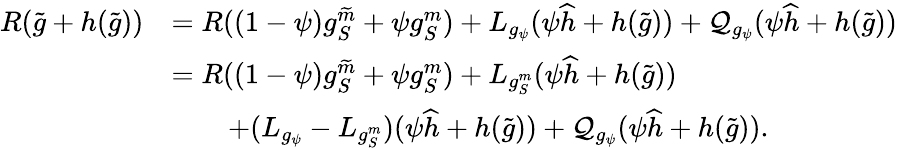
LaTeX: \begin{array}{rl}{R(\widetilde g+h(\widetilde g))}&{=R((1-\psi)g_{S}^{\widetilde m}+\psi g_{S}^{m})+L_{g_{\psi}}(\psi\widehat h+h(\widetilde g))+\mathcal Q_{g_{\psi}}(\psi\widehat h+h(\widetilde g))}\\ &{=R((1-\psi)g_{S}^{\widetilde m}+\psi g_{S}^{m})+L_{g_{S}^{m}}(\psi\widehat h+h(\widetilde g))}\\ &{\qquad+(L_{g_{\psi}}-L_{g_{S}^{m}})(\psi\widehat h+h(\widetilde g))+\mathcal Q_{g_{\psi}}(\psi\widehat h+h(\widetilde g)).}\end{array}